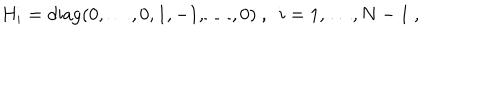
LaTeX: H _ { i } = \mathrm { d i a g } ( 0 , \ldots , 0 , 1 , - 1 , \ldots , 0 ) ~ , ~ ~ i = 1 , \ldots , N - 1 ~ ,